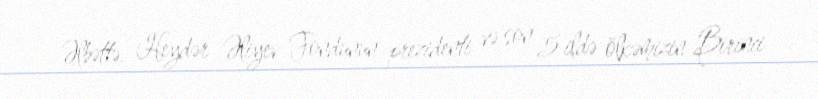
Əlbəttə, Heydər Əliyev Fondunun prezidenti və son 5 ildə ölkəmizin Birinci